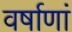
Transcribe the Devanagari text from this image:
वर्षाणां